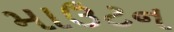
માઉટન